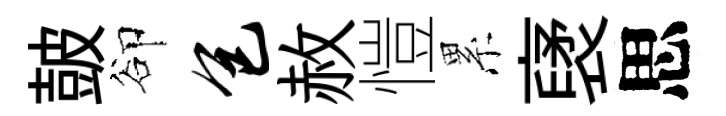
皷卻包赦愷累裦思